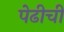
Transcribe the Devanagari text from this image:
पेढीची